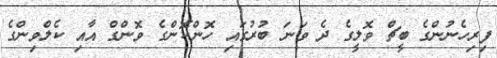
ފިރިހެނުންގެ ބީޗް ވޮލީގެ ދެ ވަނަ ބުރުގައި ހޮންކޮންގެ ވޮންގް އާއި ކެލްވިންގެ